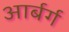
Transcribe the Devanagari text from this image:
आर्बर्ग